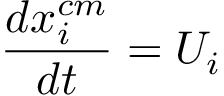
\frac { d x _ { i } ^ { c m } } { d t } = U _ { i }